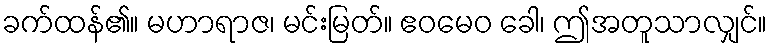
ခက်ထန်၏။ မဟာရာဇ၊ မင်းမြတ်။ ဧဝမေဝ ခေါ၊ ဤအတူသာလျှင်။